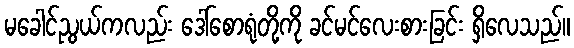
မခေါင်ညွယ်ကလည်း ဒေါ်စောရုံတို့ကို ခင်မင်လေးစားခြင်း ရှိလေသည်။